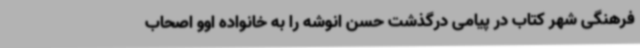
فرهنگی شهر کتاب در پیامی درگذشت حسن انوشه را به خانواده اوو اصحاب